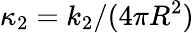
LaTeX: \kappa_{2}=k_{2}/(4\pi R^{2})